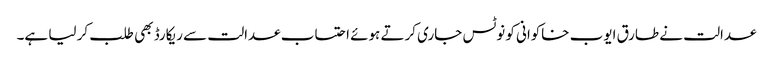
عدالت نے طارق ایوب خاکوانی کو نوٹس جاری کرتے ہوئے احتساب عدالت سے ریکارڈ بھی طلب کر لیا ہے۔